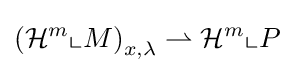
\left({\mathcal {H}}^{m}\llcorner M\right)_{x,\lambda }\rightharpoonup {\mathcal {H}}^{m}\llcorner P